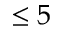
\leq 5